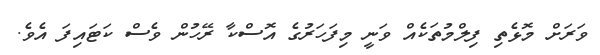
ވަރަށް މޮޅެތި ފިލްމުތަކެއް ވަނީ މިފަހަރުގެ އޮސްކާ ރޭހުން ވެސް ކަޓައިފަ އެވެ.